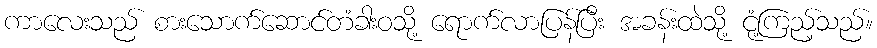
ကာလေးသည် စားသောက်ဆောင်တံခါးဝသို့ ရောက်လာပြန်ပြီး အခန်းထဲသို့ ငုံ့ကြည့်သည်။